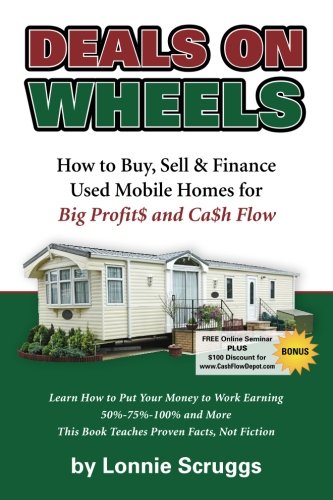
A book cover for Deals on Wheels: How to Buy, Sell & finance Used Mobile Homes for Big Profits and Cash Flow Revised in 2013 (Lonnie's Ultimate Mobile Home Bootcamp); Lonnie Scruggs; Business & Money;